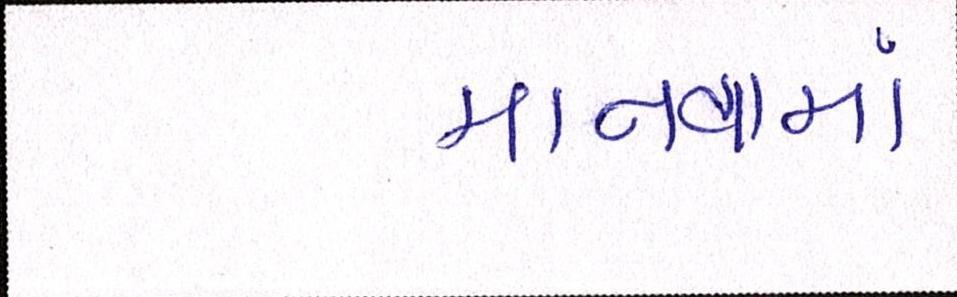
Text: માનવામાં